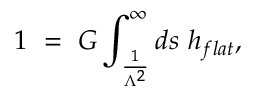
1 \, \, = \, \, G \int _ { \frac { 1 } { \Lambda ^ { 2 } } } ^ { \infty } d s \, \, h _ { f l a t } ,